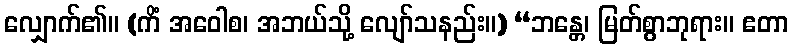
လျှောက်၏။ (ကိံ အဝေါစ၊ အဘယ်သို့ လျော်သနည်း။) “ဘန္တေ၊ မြတ်စွာဘုရား။ ဧတာ